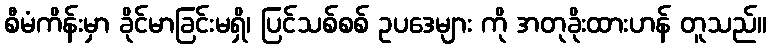
စီမံကိန်းမှာ ခိုင်မာခြင်းမရှိ၊ ပြင်သစ်စစ် ဥပဒေများ ကို အတုခိုးထားဟန် တူသည်။